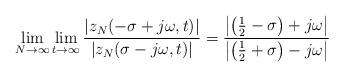
LaTeX: \begin{align*}\lim_{N\rightarrow\infty} \lim_{t \rightarrow \infty}\frac{\left|z_N(-\sigma+ j\omega,t)\right|}{\left|z_N(\sigma-j\omega,t)\right|} = \frac{\left|\left(\frac{1}{2}-\sigma\right) + j\omega\right|}{\left|\left(\frac{1}{2}+\sigma\right) - j\omega\right|}\end{align*}